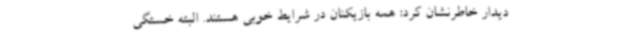
دیدار خاطرنشان کرد: همه بازیکنان در شرایط خوبی هستند. البته خستگی